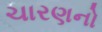
ચારણનો